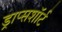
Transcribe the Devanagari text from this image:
ड्राप्सशॉर्ट